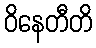
ဝိနေတီတိ